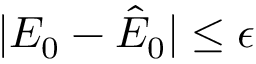
| E _ { 0 } - \hat { E } _ { 0 } | \leq \epsilon